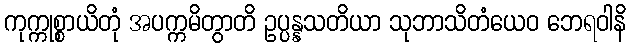
ကုက္ကုစ္စာယိတုံ အပက္ကမိတွာတိ ဥပ္ပန္နသတိယာ သုဘာသိတံယေဝ ဘေရဝါနိ